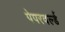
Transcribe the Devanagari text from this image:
पेपरवर्ल्ड